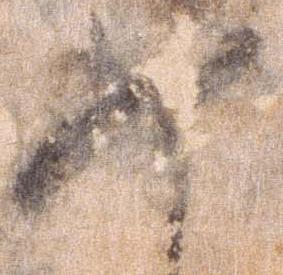
如